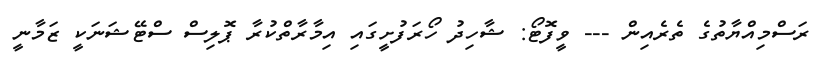
ރަސްމިއްޔާތުގެ ތެރެއިން --- ވީފޮޓޯ: ޝާހިދު ހޯރަފުށީގައި އިމާރާތްކުރާ ޕޮލިސް ސްޓޭޝަނަކީ ޒަމާނީ